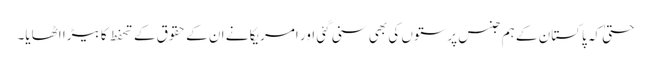
حتیٰ کہ پاکستان کے ہم جنس پرستوں کی بھی سنی گئی اور امریکا نے ان کے حقوق کے تحفط کا بیڑا اٹھایا۔